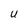
Character: U